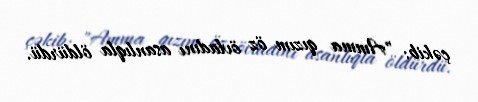
çəkib: "Amma qızım öz övladını asanlıqla öldürdü.